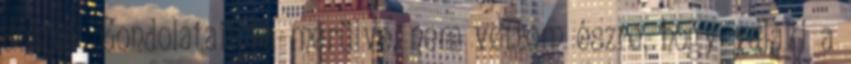
dolguk. Gondolataimba merülve, nem vettem észre, hogy valaki a